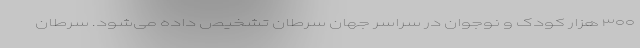
۳۰۰ هزار کودک و نوجوان در سراسر جهان سرطان تشخیص داده می‌شود. سرطان